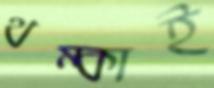
থম্‌কাই